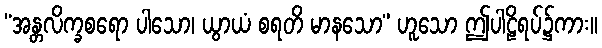
“အန္တလိက္ခစရော ပါသော၊ ယွာယံ စရတိ မာနသော” ဟူသော ဤပါဠိရပ်၌ကား။